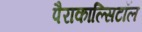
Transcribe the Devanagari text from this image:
पैराकाल्सिटॉल